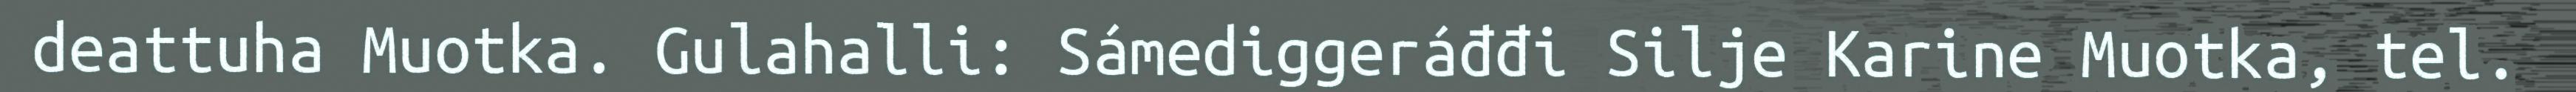
deattuha Muotka. Gulahalli: Sámediggeráđđi Silje Karine Muotka, tel.